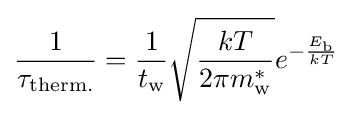
{\frac {1}{\tau _{\text{therm.}}}}={\frac {1}{t_{\text{w}}}}{\sqrt {\frac {kT}{2\pi m_{\text{w}}^{*}}}}e^{-{\frac {E_{\text{b}}}{kT}}}